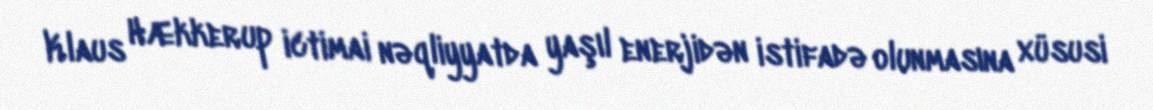
Klaus Hækkerup ictimai nəqliyyatda yaşıl enerjidən istifadə olunmasına xüsusi